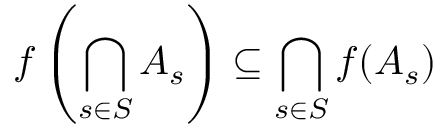
f \left( \bigcap _ { s \in S } A _ { s } \right) \subseteq \bigcap _ { s \in S } f ( A _ { s } )